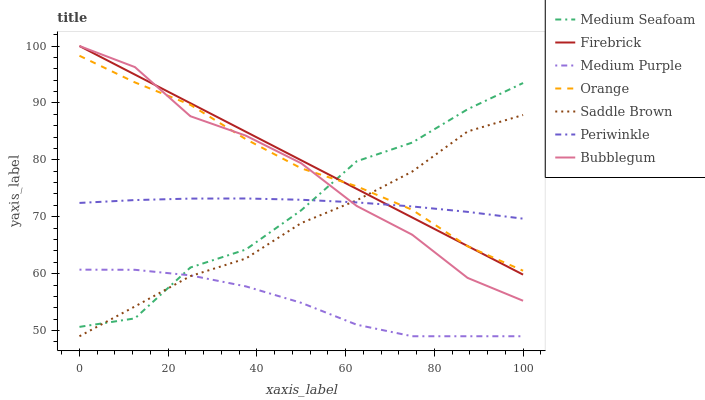
| xaxis_label | Medium Seafoam | Firebrick | Medium Purple | Orange | Saddle Brown | Periwinkle | Bubblegum |
 | --- | --- | --- | --- | --- | --- | --- | --- |
 | 0 | 50.6 | 100 | 60.7 | 98.3 | 49 | 72.4 | 100 |
 | 12.5 | 52.1 | 95 | 60.7 | 93.6 | 54.2 | 72.9 | 96.3 |
 | 25 | 61.1 | 90 | 59.7 | 89.7 | 59.6 | 73.2 | 87.7 |
 | 37.5 | 64.2 | 84.9 | 57.8 | 83.6 | 62.7 | 73.2 | 84.2 |
 | 50 | 71.1 | 79.9 | 54.9 | 78.5 | 68.9 | 73 | 79.4 |
 | 62.5 | 79.7 | 74.9 | 51 | 75.3 | 72.9 | 72.5 | 71.9 |
 | 75 | 83 | 69.9 | 49 | 71.2 | 77.9 | 71.8 | 66.8 |
 | 87.5 | 88.9 | 64.9 | 49 | 64.8 | 85 | 70.9 | 59.3 |
 | 100 | 93.5 | 59.8 | 49 | 60.5 | 87.9 | 69.7 | 55.2 |